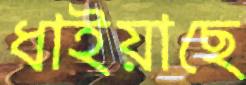
ধাইয়াছে